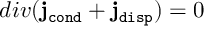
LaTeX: d i v ( { \bf j } _ { \tt c o n d } + { \bf j } _ { \tt d i s p } ) = 0